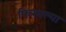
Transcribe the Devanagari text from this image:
फिरवल्या